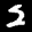
Label: 2